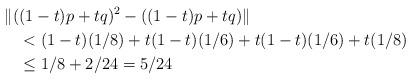
LaTeX: \begin{align*}\|(&(1-t)p+tq)^2-((1-t)p+tq)\| \\ & < (1-t)(1/8)+t(1-t)(1/6)+t(1-t)(1/6)+t(1/8) \\ &\leq 1/8+2/24=5/24\end{align*}